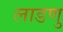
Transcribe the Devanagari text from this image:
लाडणु